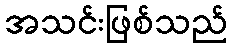
အသင်းဖြစ်သည်